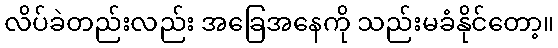
လိပ်ခဲတည်းလည်း အခြေအနေကို သည်းမခံနိုင်တော့။